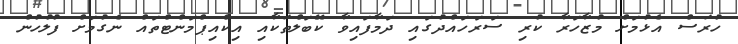
ހުރަސް އެޅުމަށް މުޒާހަރާ ކުރި ސަރަހައްދުގައި ދަމާފައިވާ ކޭބަލްތަކާއި އިކްއިޕްމަންޓްތައް ނެގުމަށް ފުލުހުން